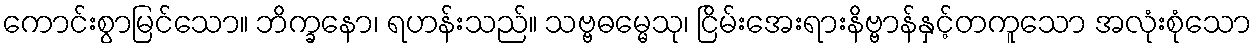
ကောင်းစွာမြင်သော။ ဘိက္ခနော၊ ရဟန်းသည်။ သဗ္ဗဓမ္မေသု၊ ငြိမ်းအေးရားနိဗ္ဗာန်နှင့်တကူသော အလုံးစုံသော